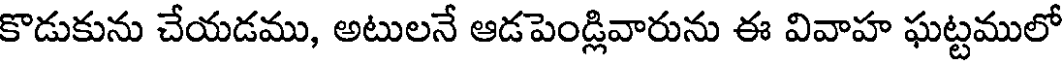
కొడుకును చేయడము, అటులనే ఆడపెండ్లివారును ఈ వివాహ ఘట్టములో